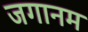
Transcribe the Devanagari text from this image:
जगानम